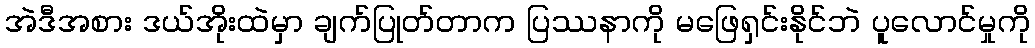
အဲဒီအစား ဒယ်အိုးထဲမှာ ချက်ပြုတ်တာက ပြဿနာကို မဖြေရှင်းနိုင်ဘဲ ပူလောင်မှုကို